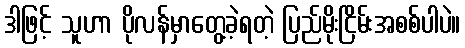
ဒါဖြင့် သူဟာ ပိုလန်မှာတွေ့ခဲ့ရတဲ့ ပြည်မိုးငြိမ်းအစစ်ပါပဲ။